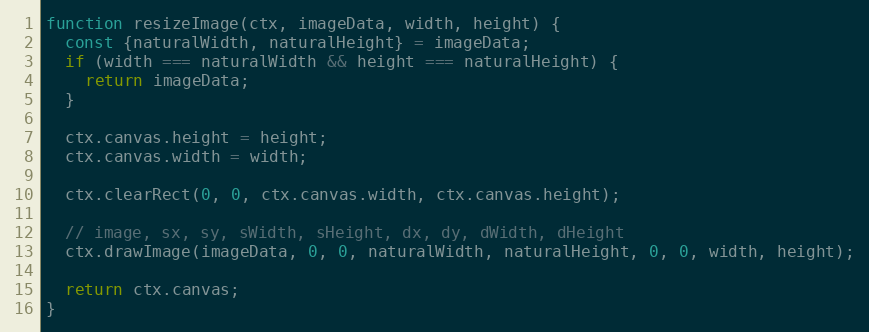
Language: JavaScript
function resizeImage(ctx, imageData, width, height) {
  const {naturalWidth, naturalHeight} = imageData;
  if (width === naturalWidth && height === naturalHeight) {
    return imageData;
  }

  ctx.canvas.height = height;
  ctx.canvas.width = width;

  ctx.clearRect(0, 0, ctx.canvas.width, ctx.canvas.height);

  // image, sx, sy, sWidth, sHeight, dx, dy, dWidth, dHeight
  ctx.drawImage(imageData, 0, 0, naturalWidth, naturalHeight, 0, 0, width, height);

  return ctx.canvas;
}